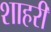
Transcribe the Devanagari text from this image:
शाहरी